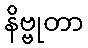
နိဗ္ဗုတာ